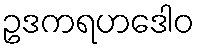
ဥဒကရဟဒေါဝ